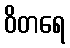
ဝိတရေ